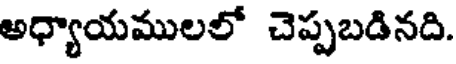
అధ్యాయములలో చెప్పబడినది.